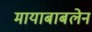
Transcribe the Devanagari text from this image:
मायाबाबलेन